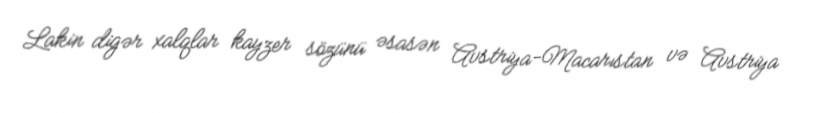
Lakin digər xalqlar kayzer sözünü əsasən Avstriya-Macarıstan və Avstriya